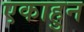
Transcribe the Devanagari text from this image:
एकाहुन